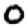
Digit: 0